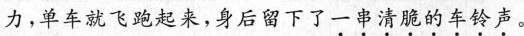
力，单车就飞跑起来，身后留下了一事清脆的车铃声。